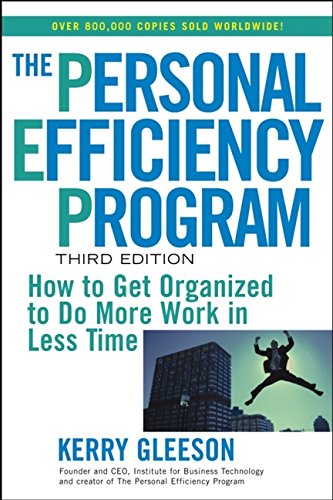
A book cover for The Personal Efficiency Program: How to Get Organized to Do More Work in Less Time; Kerry Gleeson; Business & Money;